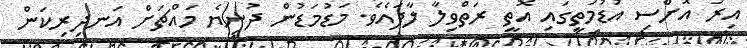
އިރު އޮށްސި އުޑުމަތީގައި އޮތީ ރަތްވިލާ ލާފައެވެ. މަޑުމަޑުން ދުނިޔެ މައްޗަށް އަނދިރިކަން